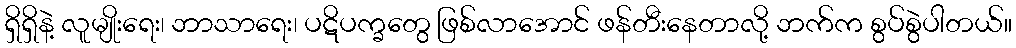
ရှိရှိနဲ့ လူမျိုးရေး၊ ဘာသာရေး၊ ပဋိပက္ခတွေ ဖြစ်လာအောင် ဖန်တီးနေတာလို့ ဘက်က စွပ်စွဲပါတယ်။